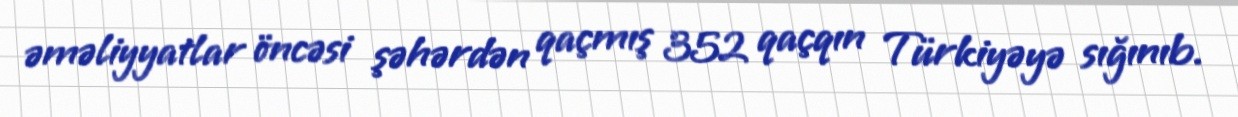
əməliyyatlar öncəsi şəhərdən qaçmış 352 qaçqın Türkiyəyə sığınıb.